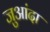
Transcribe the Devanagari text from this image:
जुआंदा